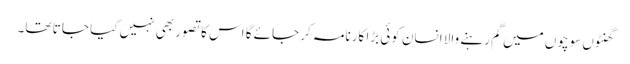
گھنٹوں سوچوں میں گم رہنے والا انسان کوئی بڑا کارنامہ کر جائے گا اس کا تصور بھی نہیں کیا جا تا تھا۔